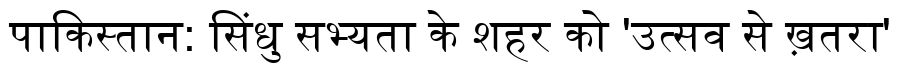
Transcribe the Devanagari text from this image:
पाकिस्तान: सिंधु सभ्यता के शहर को 'उत्सव से ख़तरा'